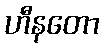
ဟီနတော